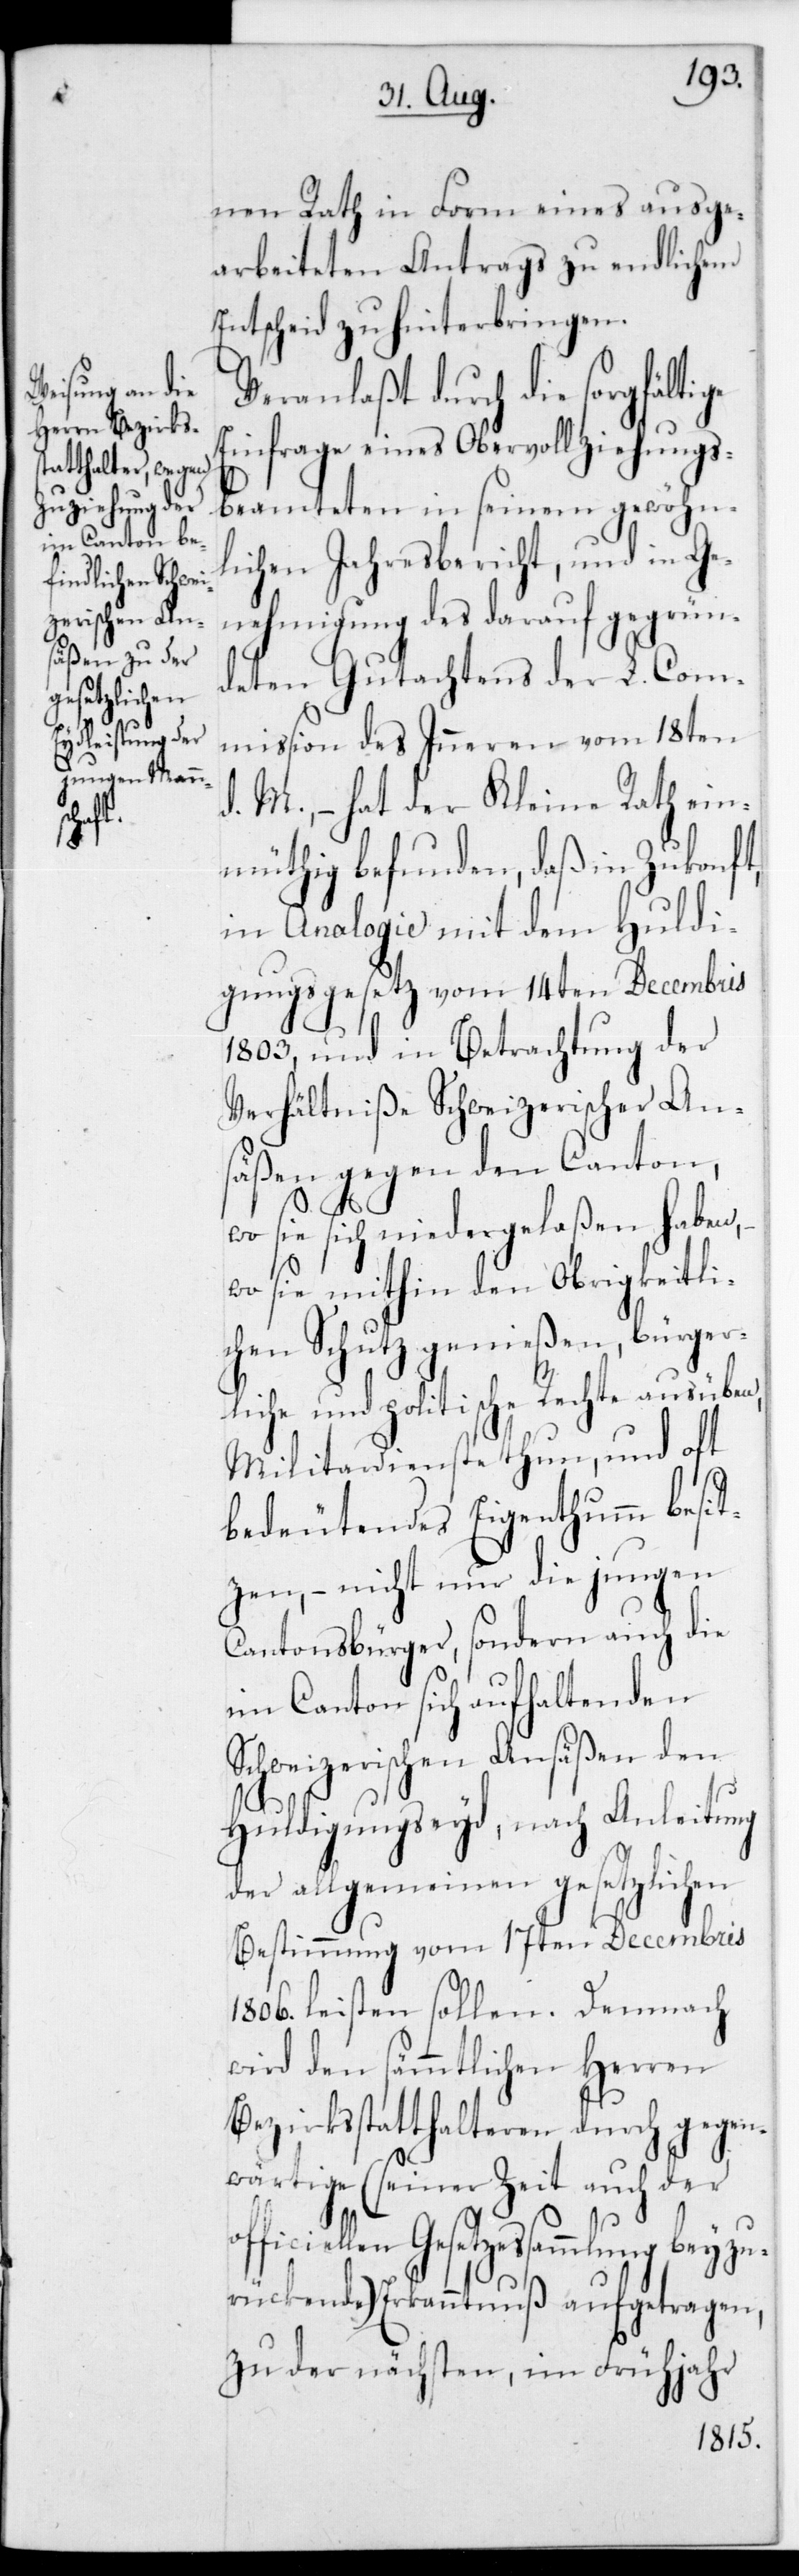
of¬

nen Rath in Form eines ausge¬
arbeiteten Antrags zu endlichem
Entscheid zu hinterbringen.
Veranlaßt durch die sorgfältige
Einfrage eines Obervollziehungs¬
beamteten in seinem gewöhn¬
lichen Jahresbericht, und in Ge¬
nehmigung des darauf gegrün¬
deten Gutachtens der L. Com¬
mißion des Inneren vom 18ten
d. M., – hat der Kleine Rath ein¬
müthig befunden, daß in Zukonft,
in Analogie mit dem Huldi¬
gungsgesetz vom 14ten Decembris
1803 und in Betrachtung der
Verhältniße schweizerischer An¬
säßen gegen den Canton,
s¬
wo sie sich niedergelaßen haben,
wo sie mithin den Obrigkeitli¬
chen Schutz genießen, bürger¬
liche und politische Rechte ausüben,
Militardienste thun, und oft
bedeutendes Eigenthumm besit¬
zen, – nicht nur die jungen
Cantonsbürger, sondern auch die
im Canton sich aufhaltenden
chweizerischen Ansäßen den
Huldigungseyd, nach Anleitung
der allgemeinen gesetzlichen
Bestimmung vom 17ten Decembris
1806 leisten sollen. Demnach
wird den sämmtlichen Herren
Bezirksstatthalteren durch gegen¬
wärtige (seiner Zeit auch der
ficiellen Gesetzessammlung beyzu¬
rückende) Erkanntnuß aufgetragen,
zu der nächsten, im Frühjahr